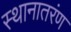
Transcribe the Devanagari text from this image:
स्थानातरंण